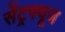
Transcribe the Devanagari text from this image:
सेंट्रफ्यूज